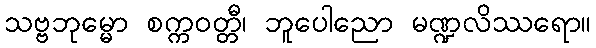
သဗ္ဗဘုမ္မော စက္ကဝတ္တီ၊ ဘူပေါညော မဏ္ဍလိဿရော။